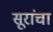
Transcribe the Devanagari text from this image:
सूरांचा